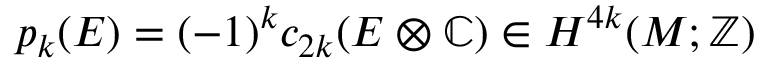
p _ { k } ( E ) = ( - 1 ) ^ { k } c _ { 2 k } ( E \otimes \mathbb { C } ) \in H ^ { 4 k } ( M ; \mathbb { Z } )